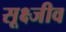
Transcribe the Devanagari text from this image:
सूक्ष्जीव